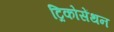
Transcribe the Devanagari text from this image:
ट्रिकोसेंथन